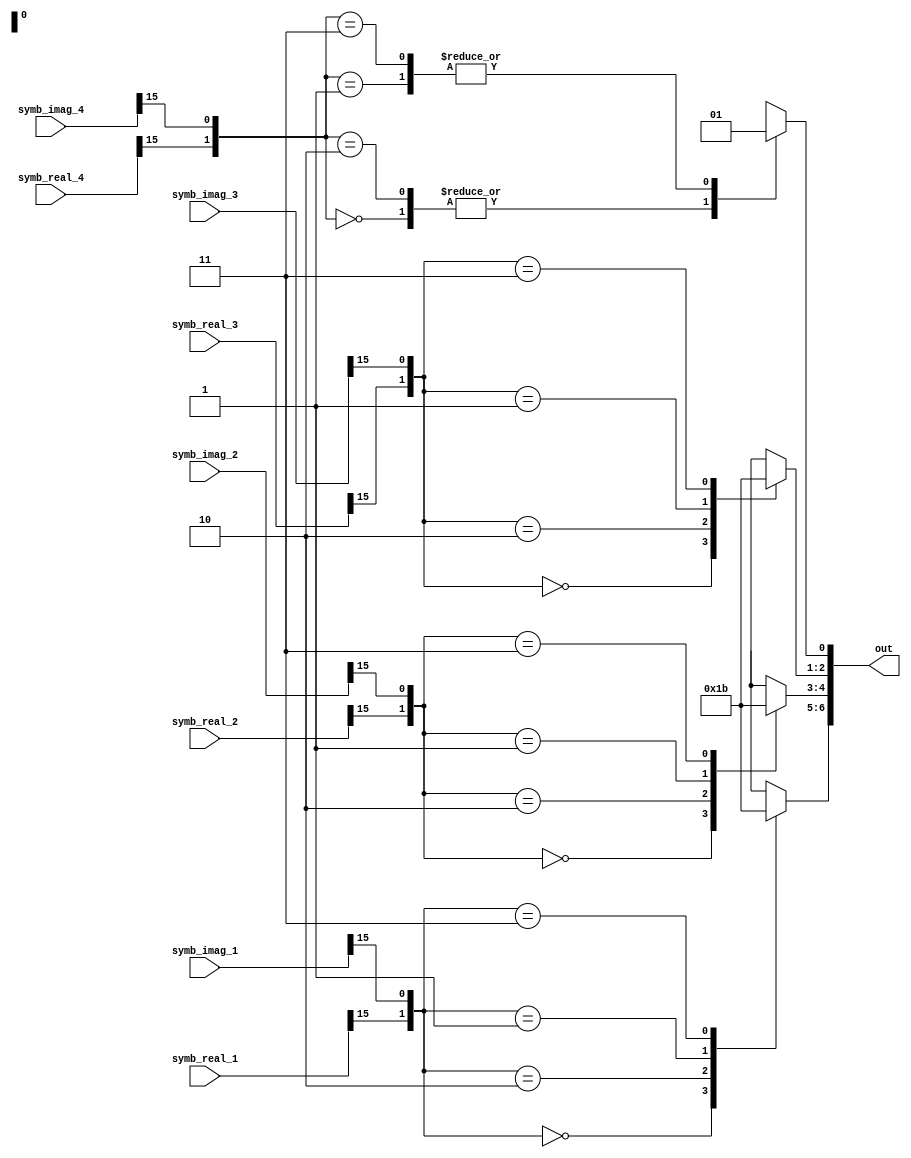
module QPSK_Demodulator(out, symb_real_1, symb_imag_1,
  symb_real_2, symb_imag_2, symb_real_3, symb_imag_3,
  symb_real_4, symb_imag_4);

  input [15:0] symb_real_1, symb_imag_1;
  input [15:0] symb_real_2, symb_imag_2;
  input [15:0] symb_real_3, symb_imag_3;
  input [15:0] symb_real_4, symb_imag_4;

  output reg [6:0] out;

  always @(*) begin
    case ({symb_real_1[15], symb_imag_1[15]})
      2'b00 : out[6:5] = 2'b00;
      2'b10 : out[6:5] = 2'b01;
      2'b01 : out[6:5] = 2'b10;
      2'b11 : out[6:5] = 2'b11;
      default : out[6:5] = 2'b00;
    endcase
    case ({symb_real_2[15], symb_imag_2[15]})
      2'b00 : out[4:3] = 2'b00;
      2'b10 : out[4:3] = 2'b01;
      2'b01 : out[4:3] = 2'b10;
      2'b11 : out[4:3] = 2'b11;
      default : out[4:3] = 2'b00;
    endcase
    case ({symb_real_3[15], symb_imag_3[15]})
      2'b00 : out[2:1] = 2'b00;
      2'b10 : out[2:1] = 2'b01;
      2'b01 : out[2:1] = 2'b10;
      2'b11 : out[2:1] = 2'b11;
      default : out[2:1] = 2'b00;
    endcase
    case ({symb_real_4[15], symb_imag_4[15]})
      2'b00 : out[0] = 1'b0;
      2'b10 : out[0] = 1'b0;
      2'b01 : out[0] = 1'b1;
      2'b11 : out[0] = 1'b1;
      default : out[0] = 1'b0;
    endcase
  end

endmodule